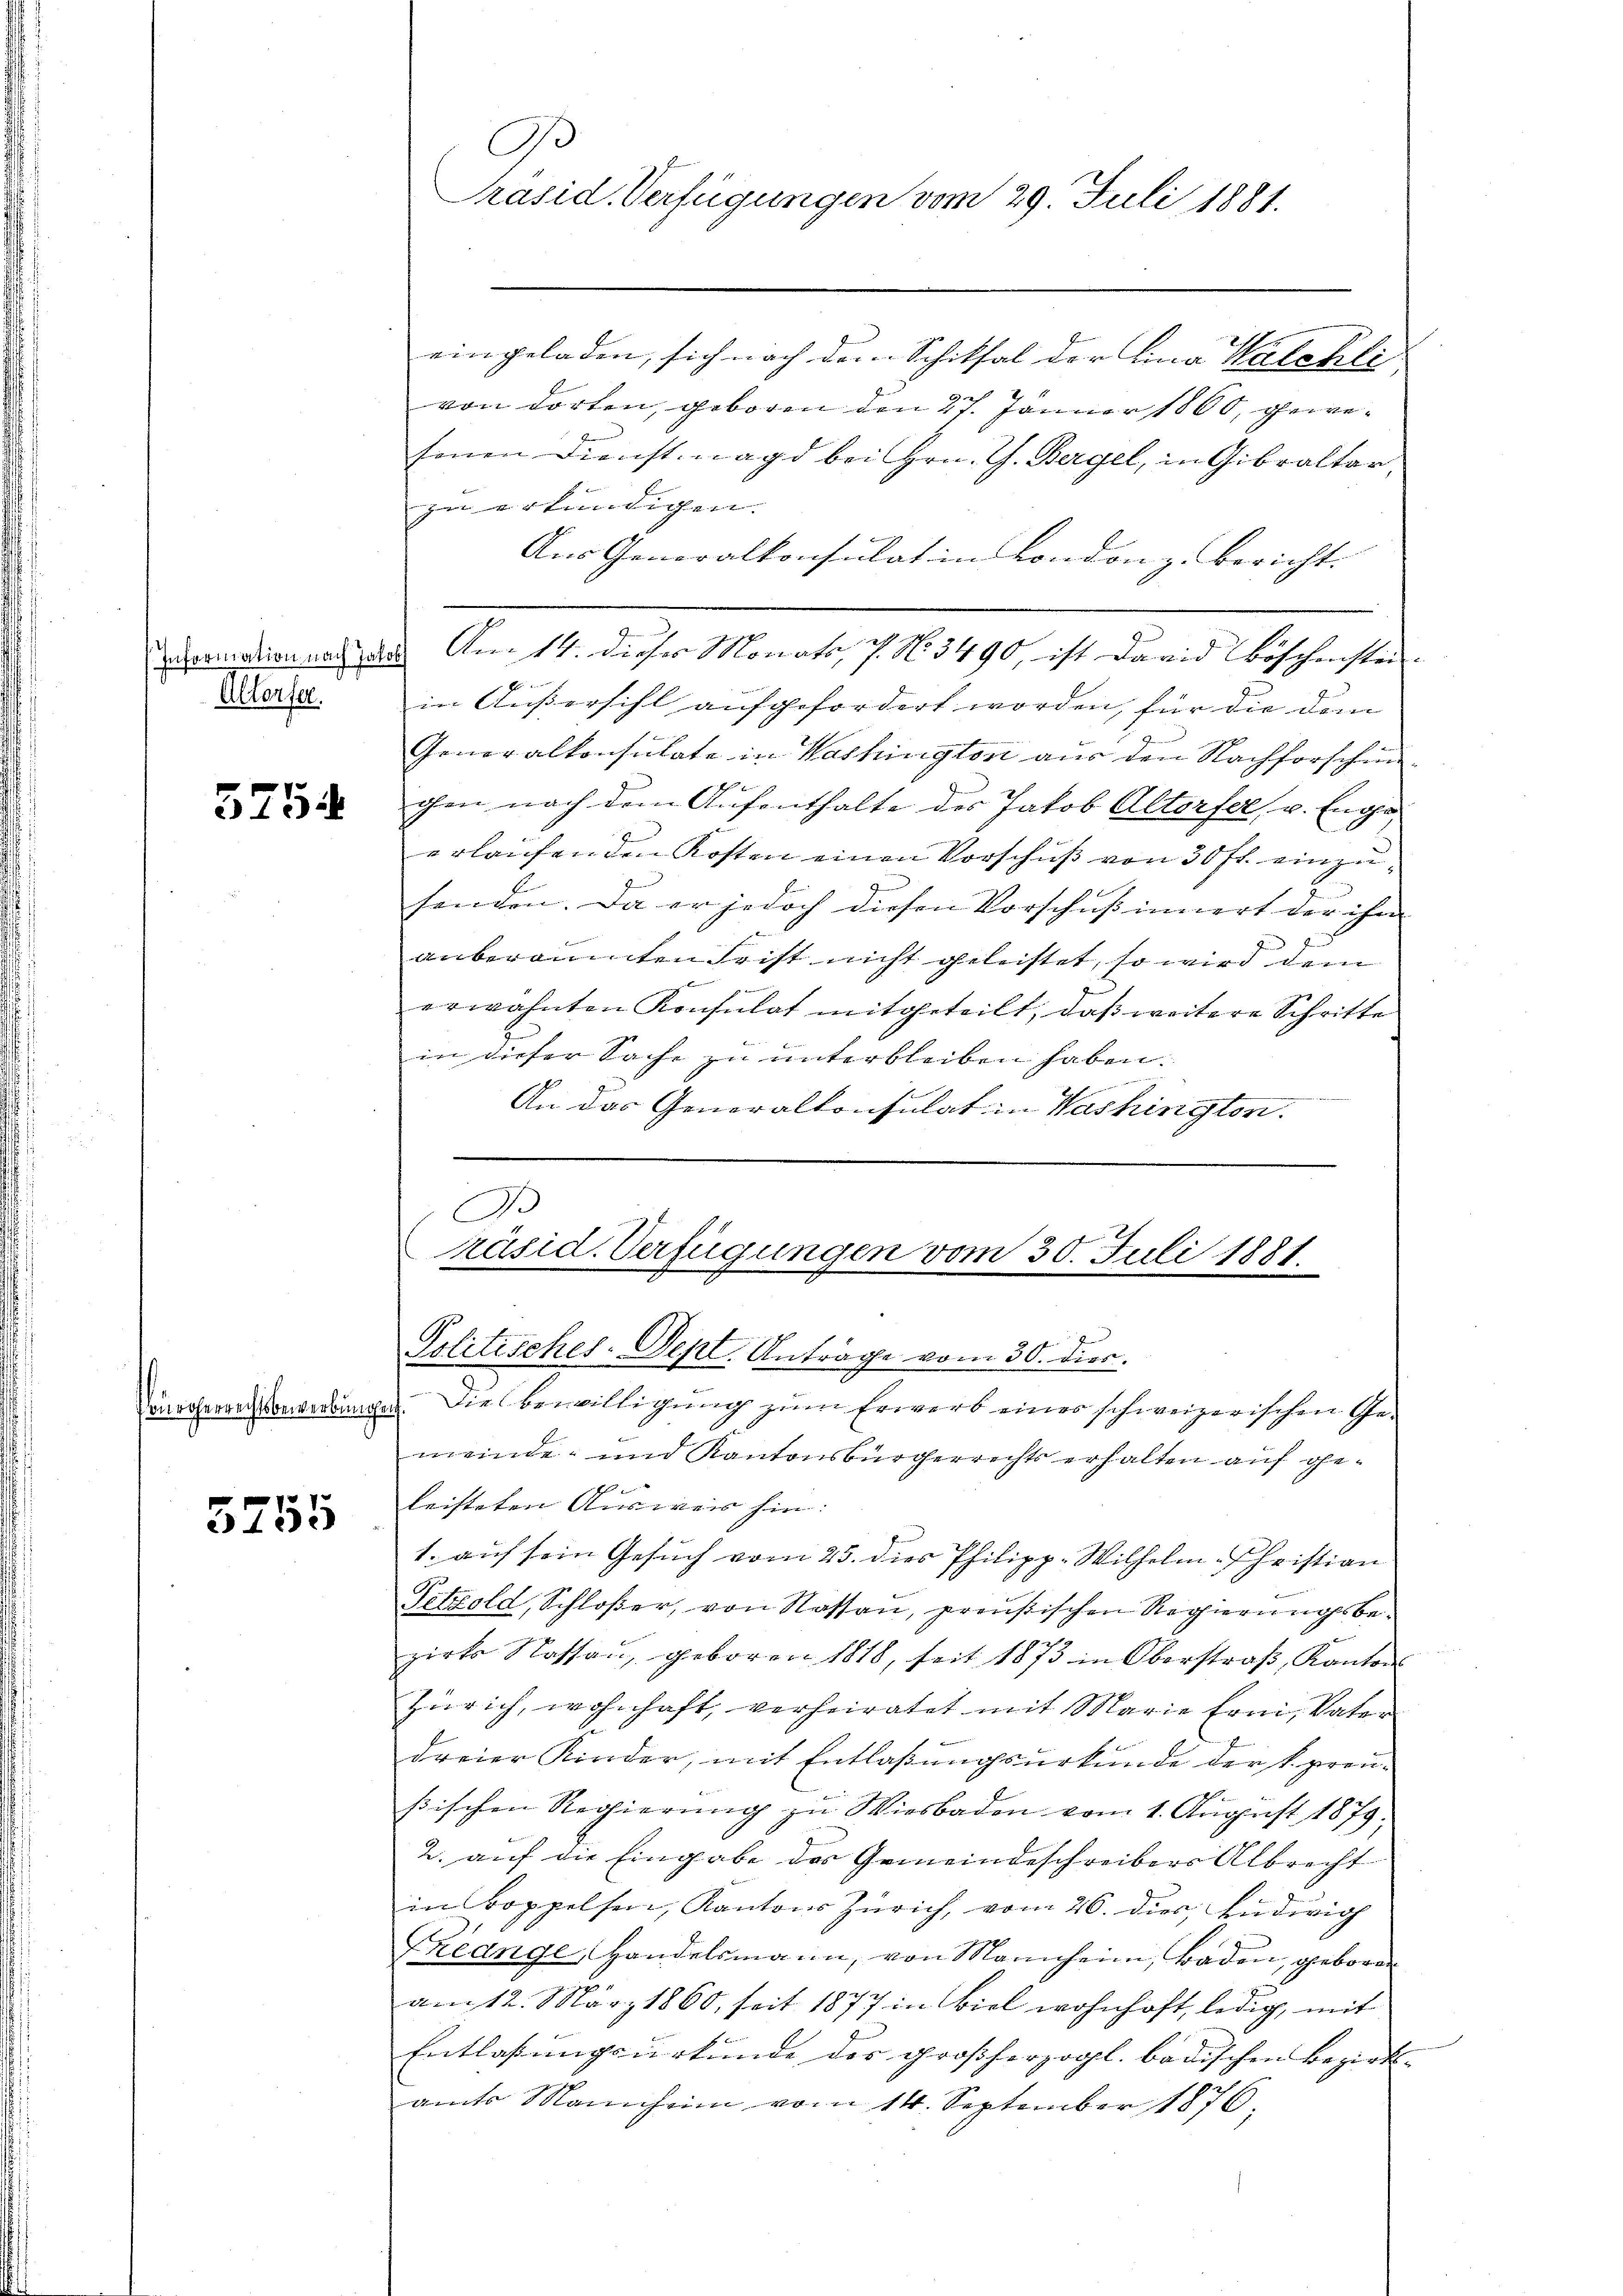
Altorfer.

5754

5755

eingeladen, sich nach dem Schiksal der Lina Kalchli
von dorten, geboren den 27. Jänner 1860, gewesenen Dienstmagd bei Hrn. G. Bergel, in Gibraltar,
zu erkundigen.
Aus Generalkonsulat in London zu bericht.
.
ormation nach das Am 14. dieses Monats, 7. No 3490, ist David Böschenstei-
in Außersihl aufgefordert worden, für die den
Generalkonsulate in Washington aus den Nachforschunchen nach dem Aufenthalte des Jakob Altorfer, u. Enge
erlaufenden Kosten einen Vorschuß von 30 fl. einzusenden. Da er jedoch diesen Vorschuß innert der ihm
Ju
2
anberaumten Frist nicht geleistet, so wird dem
.
erwähnten Konsulat mitgeteilt, daß weitere Schritte
in dieser Sache zu unterbleiben haben.
n
An das Generalkonsulat in Washington.
B
räsid. Verfügungen vom 30. Juli 1881.

A
Präsid. Verfügungen vom 29. Juli 1881.

Politisches-Dept. Anträge vom 30. dies.

insherausserwerbunges. Die Bewilligŭng zŭm Erwerb einer schweizerischen Ge-
meinde- und Kantonsbürgerrechts erhalten auf geleisteten Ausweis hin:
1. auf sein Gesuch vom 25. dies Philipp-Wilhelm Christian
Petzold, Schloßer, von Rassen, preußischen Regierungsbezirks Rossaŭ, geboren 1818, seit 1873 in Oberstraβ, Kantons
Zürich, wohnhaft, verheiratet mit Marie Erni, Vater
dreier Kinder, mit Entlaßungsurkunde der k. preusischen Regierŭng zu Wiesbaden vom 1. August 1879.
2. auf die Eingabe des Gemeindeschreibers Albrecht
inBoppelsen, Kantons Zürich, vom 26. dies, Ludwig
Freange Handelsmann, von Mannheim, Baden, geboren
am 12. März 1860, seit 1877 in Biel wohnhaft, ledig, mit
Entlassungsurkunde des großherzogl. badischen Bezirks- |
amts Mannheim vom 14. September 1876.